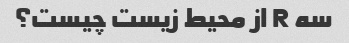
سه R از محیط زیست چیست؟